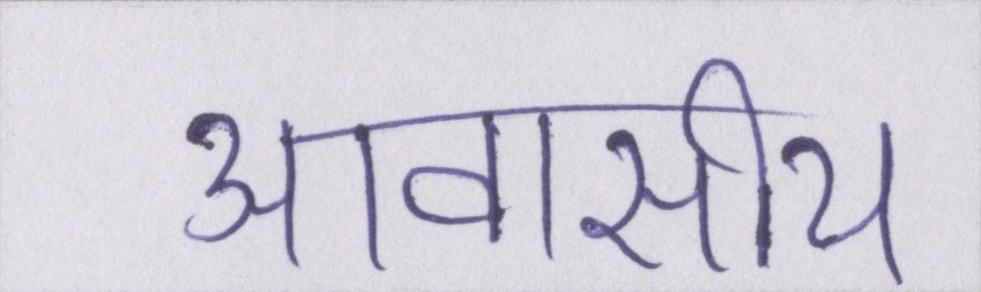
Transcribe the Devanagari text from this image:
आवासीय